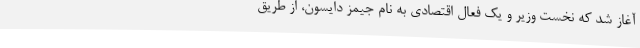
آغاز شد که نخست وزیر و یک فعال اقتصادی به نام جیمز دایسون، از طریق